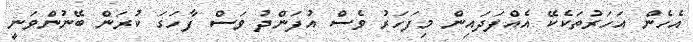
އެހެން އަހަރުތަކެކޭ އެއްފަދައިން މިފަހަރު ވެސް އުފަންދު ވަސް ފާހަގަ ކުރަން ބޭނުންވަނީ